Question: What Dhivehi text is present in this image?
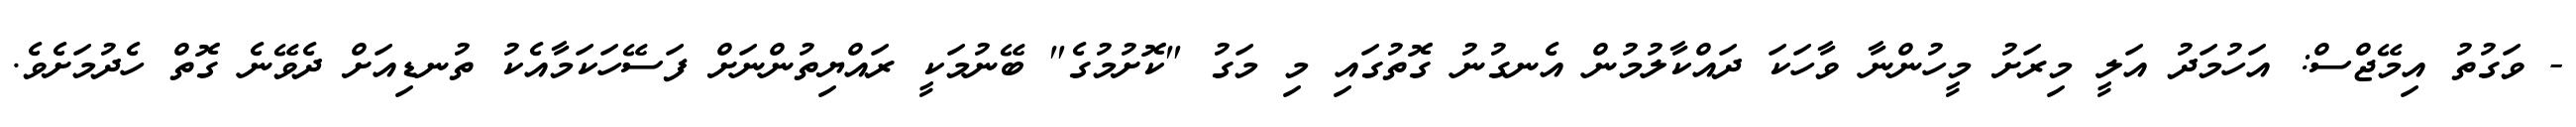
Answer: - ވަގުތު އިމޭޖްސް: އަހުމަދު އަލީ މިރަށު މީހުންނާ ވާހަކަ ދައްކާލުމުން އެނގުނު ގޮތުގައި މި މަގު "ކޮށުމުގެ" ބޭނުމަކީ ރައްޔިތުންނަށް ފަސޭހަކަމާއެކު ތުނޑިއަށް ދެވޭނެ ގޮތް ހެދުމަށެވެ.